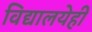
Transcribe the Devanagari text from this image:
विद्यालयेही